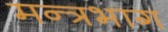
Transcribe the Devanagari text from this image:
मन्त्रभाग